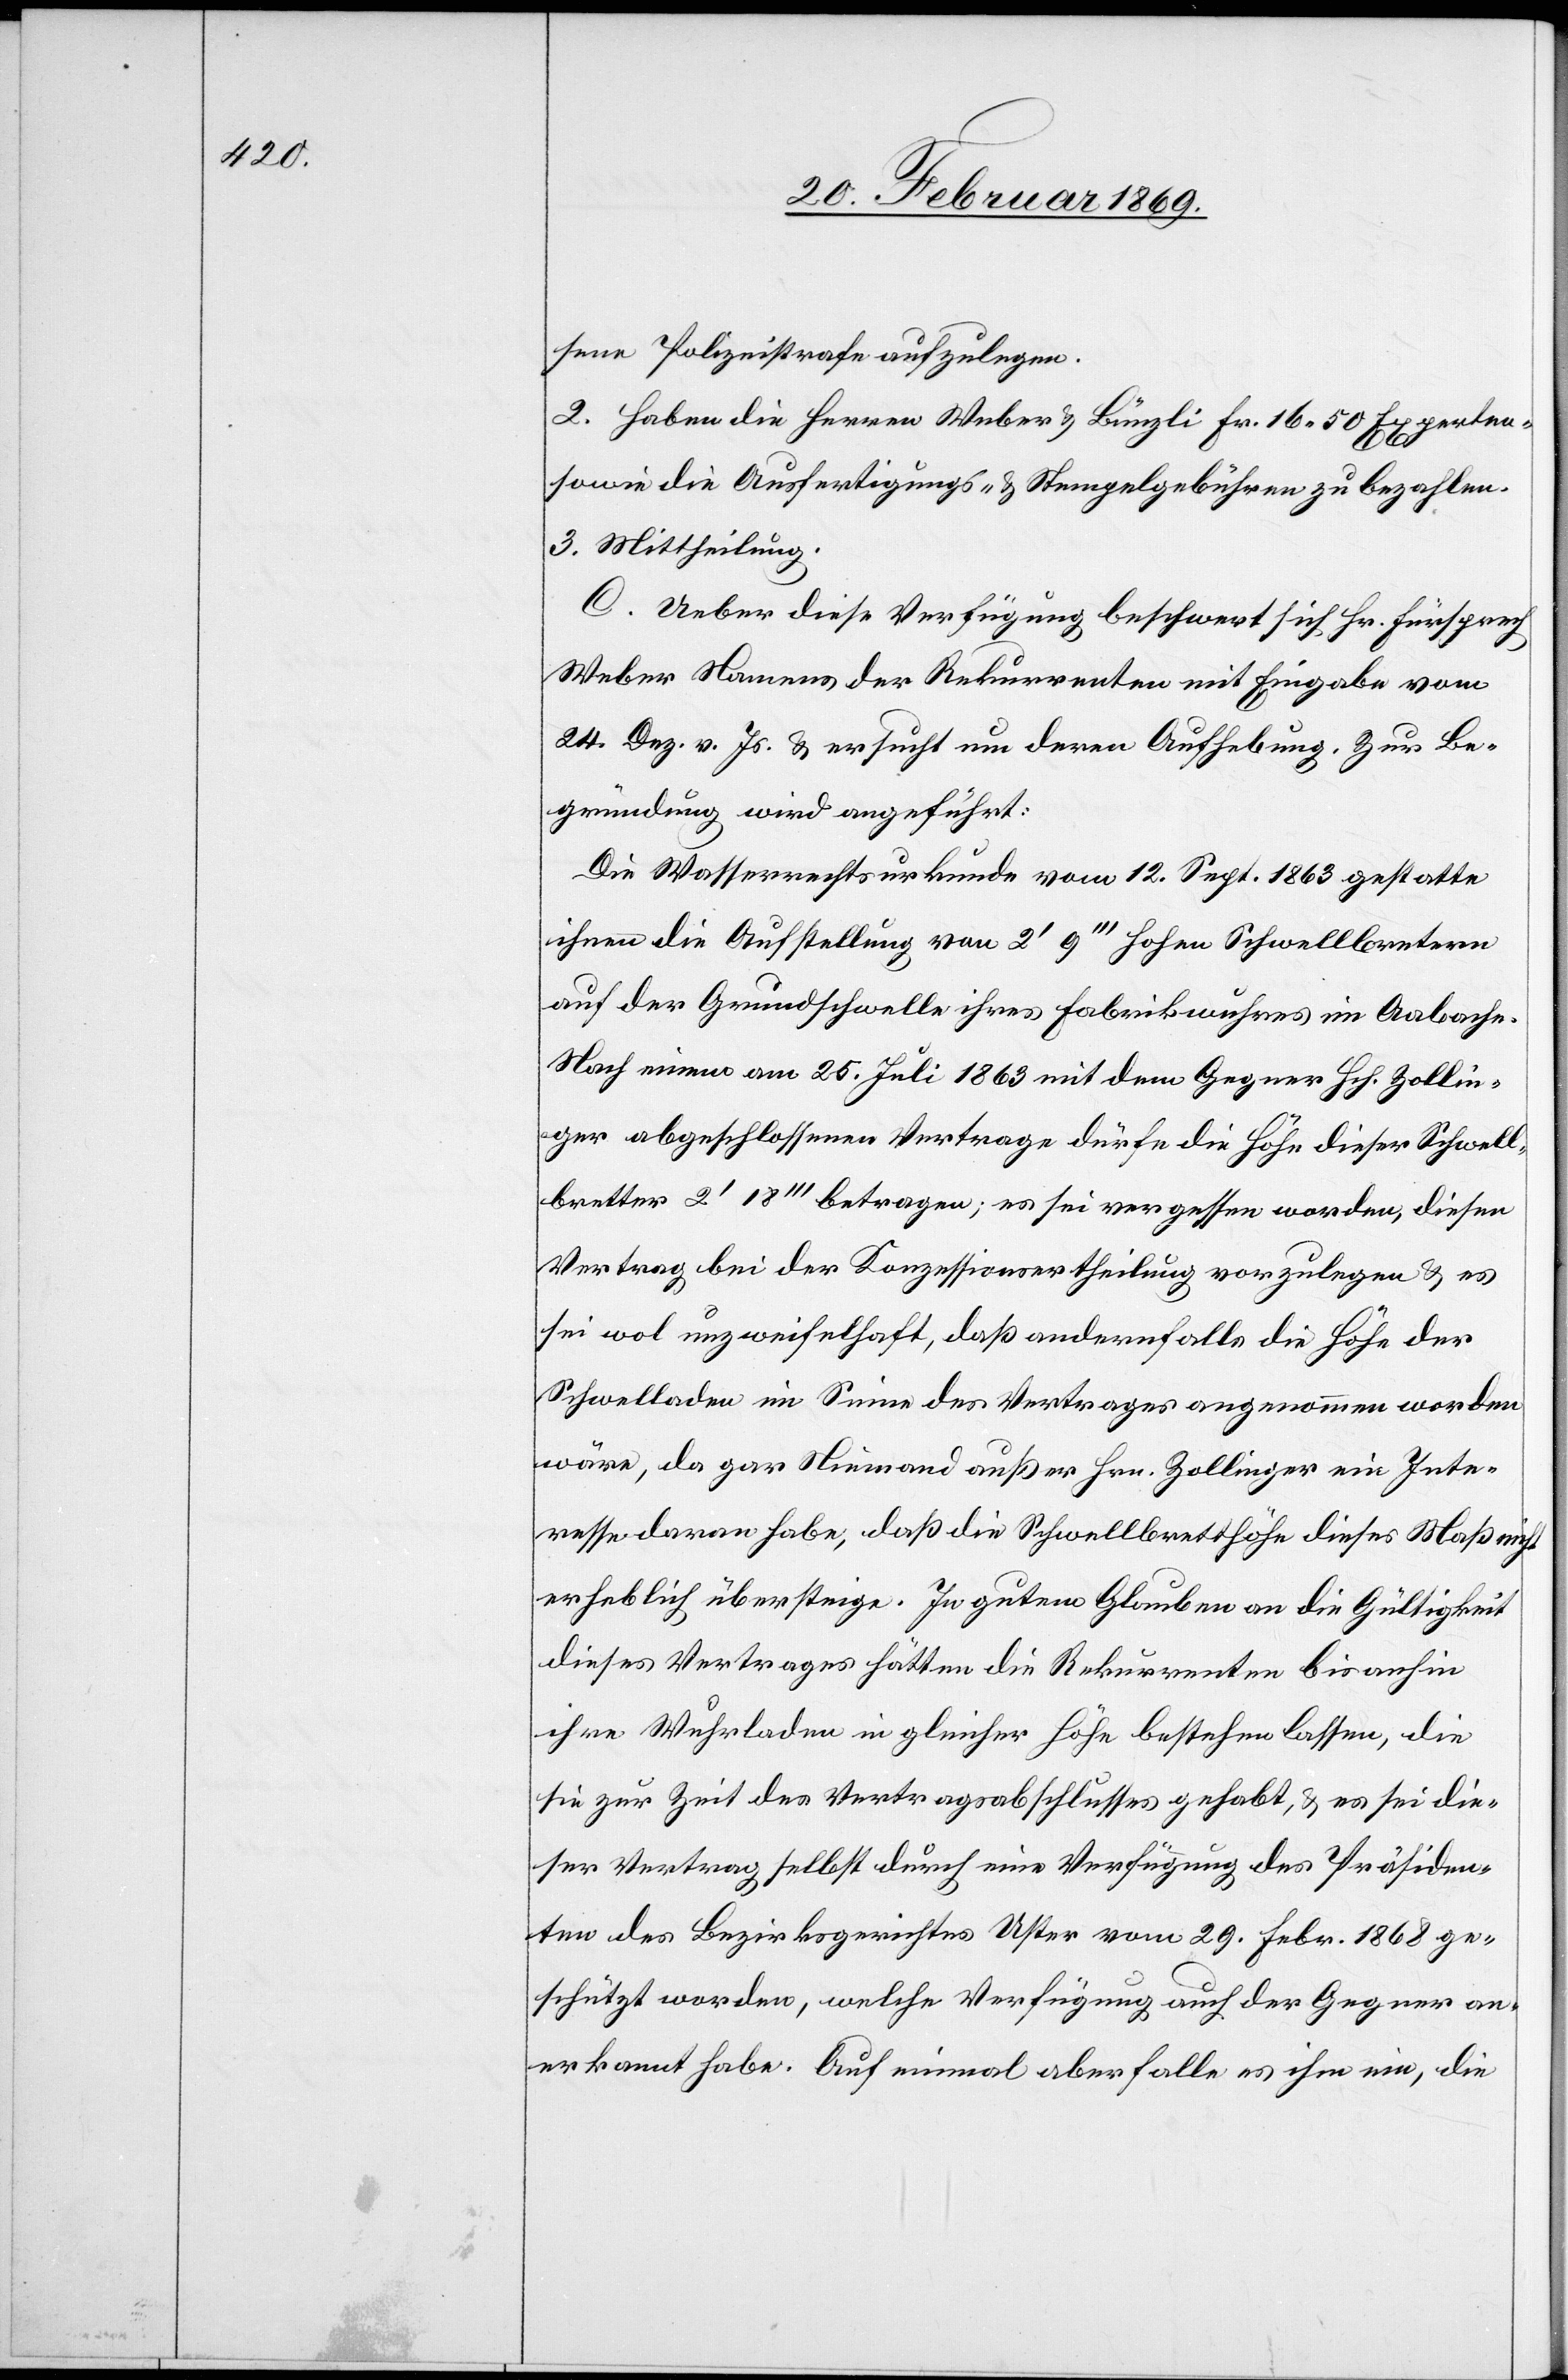
sene Polizeistrafe aufzulegen.
2. Haben die Herren Weber & Bünzli Fr. 16.50 Experten-
sowie die Ausfertigungs- & Stempelgebühren zu bezahlen.
3. Mittheilung.
C. Ueber diese Verfügung beschwert sich Hr. Fürsprech
Weber Namens der Rekurrenten mit Eingabe vom
24. Dez. v. Js. & ersucht um deren Aufhebung. Zur Be¬
gründung wird angeführt:
Die Wasserrechtsurkunde vom 12. Sept. 1863 gestatte
ihnen die Aufstellung von 2’ 9’’’ hohen Schwellbrettern
auf der Grundschwelle ihres Fabrikwuhres im Aabache.
Nach einem am 25. Juli 1863 mit dem Gegner Hch. Zollin¬
ger abgeschlossenen Vertrage dürfe die Höhe dieser Schwell¬
bretter 2’ 18’’’ betragen; es sei vergessen worden, diesen
Vertrag bei der Konzessionsertheilung vorzulegen & es
sei wol unzweifelhaft, daß andernfalls die Höhe der
Schwelladen im Sinn des Vertrages angenommen worden
wäre, da gar Niemand außer Hrn. Zollinger ein Inte¬
resse daran habe, daß die Schwellbretthöhe dieses Maß nicht
erheblich übersteige. In gutem Glauben an die Gültigkeit
dieses Vertrages hätten die Rekurrenten bis anhin
ihre Wuhrladen in gleicher Höhe bestehen lassen, die
sie zur Zeit des Vertragsabschlusses gehabt, & es sei die¬
ser Vertrag selbst durch eine Verfügung des Präsiden¬
ten des Bezirksgerichtes Uster vom 29. Febr. 1868 ge¬
stützt worden, welche Verfügung auch der Gegner an¬
erkannt habe. Auf einmal aber falle es ihm ein, die